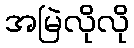
အမြဲလိုလို